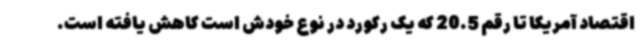
اقتصاد آمریکا تا رقم 20.5 که یک رکورد در نوع خودش است کاهش یافته است.